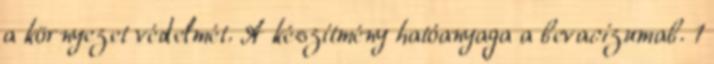
a környezet védelmét. A készítmény hatóanyaga a bevacizumab. 1